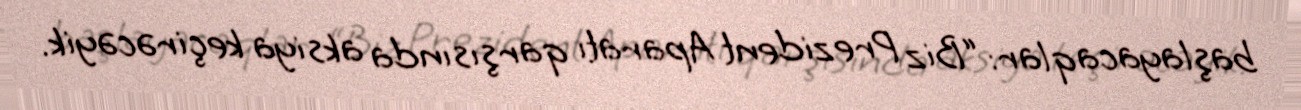
başlayacaqlar: “Biz Prezident Aparatı qarşısında aksiya keçirəcəyik.